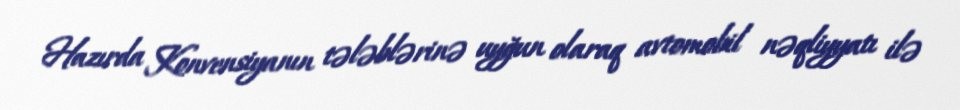
Hazırda Konvensiyanın tələblərinə uyğun olaraq avtomobil nəqliyyatı ilə